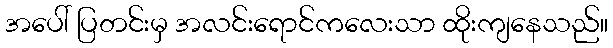
အပေါ် ပြတင်းမှ အလင်းရောင်ကလေးသာ ထိုးကျနေသည်။